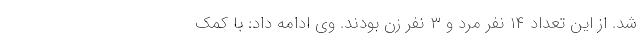
شد. از این تعداد ١۴ نفر مرد و ٣ نفر زن بودند. وی ادامه داد: با کمک